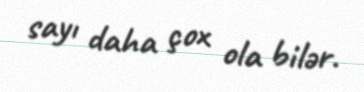
sayı daha çox ola bilər.